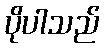
ပိုပါသည်